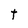
Character: t